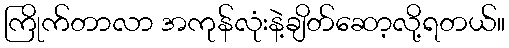
ကြိုက်တာလာ အကုန်လုံးနဲ့ချိတ်ဆော့လို့ရတယ်။